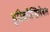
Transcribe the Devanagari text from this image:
इरिकॉन्सिलेबल